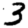
Digit: 3